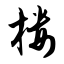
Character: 楼